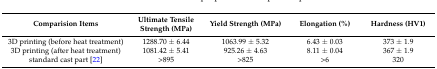
| Comparision Items | Ultimate Tensile Strength (MPa) | Yield Strength (MPa) | Elongation (%) | Hardness (HV1) |
 | --- | --- | --- | --- | --- |
 | 3D printing (before heat treatment) | 1288.70 ± 6.44 | 1063.99 ± 5.32 | 6.43 ± 0.03 | 373 ± 1.9 |
 | 3D printing (after heat treatment) | 1081.42 ± 5.41 | 925.26 ± 4.63 | 8.11 ± 0.04 | 367 ± 1.9 |
 | standard cast part [22] | >895 | >825 | >6 | 320 |